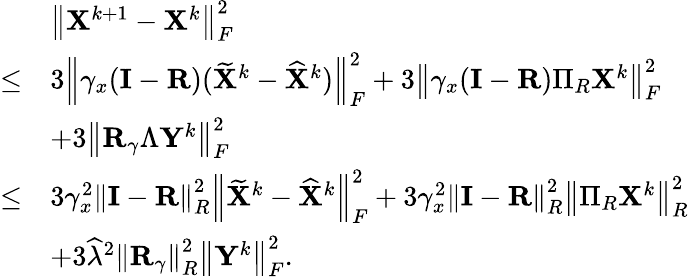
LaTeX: \begin{array}{rl}&{\left\| {\mathbf{X}}^{k+1}-{\mathbf{X}}^{k}\right\| _{F}^{2}}\\ {\leq}&{3\left\| \gamma_{x}({\mathbf{I}}-{\mathbf{R}})(\widetilde{{\mathbf{X}}}^{k}-\widehat{{\mathbf{X}}}^{k})\right\| _{F}^{2}+3\left\| \gamma_{x}({\mathbf{I}}-{\mathbf{R}})\Pi_{R}{\mathbf{X}}^{k}\right\| _{F}^{2}}\\ &{+3\left\| {\mathbf{R}}_{\gamma}\Lambda{\mathbf{Y}}^{k}\right\| _{F}^{2}}\\ {\leq}&{3\gamma_{x}^{2}\left\| {\mathbf{I}}-{\mathbf{R}}\right\| _{R}^{2}\left\| \widetilde{{\mathbf{X}}}^{k}-\widehat{{\mathbf{X}}}^{k}\right\| _{F}^{2}+3\gamma_{x}^{2}\left\| {\mathbf{I}}-{\mathbf{R}}\right\| _{R}^{2}\left\| \Pi_{R}{\mathbf{X}}^{k}\right\| _{R}^{2}}\\ &{+3\widehat{\lambda}^{2}\left\| {\mathbf{R}}_{\gamma}\right\| _{R}^{2}\left\| {\mathbf{Y}}^{k}\right\| _{F}^{2}.}\end{array}